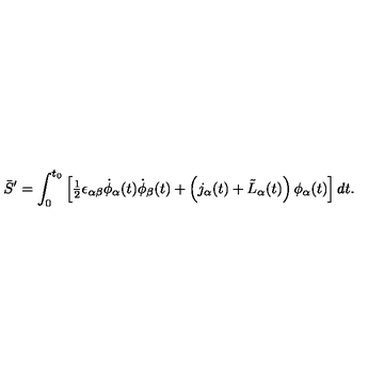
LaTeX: \bar { S } ^ { \prime } = \int _ { 0 } ^ { t _ { 0 } } \left[ { \textstyle { \frac { 1 } { 2 } } } \epsilon _ { \alpha \beta } \dot { \phi } _ { \alpha } ( t ) \dot { \phi } _ { \beta } ( t ) + \left( j _ { \alpha } ( t ) + \tilde { L } _ { \alpha } ( t ) \right) \phi _ { \alpha } ( t ) \right] d t .